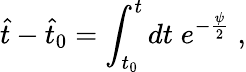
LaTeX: \hat{t}-\hat{t}_{0}=\int_{t_{0}}^{t}dt\; e^{-\frac{\psi}{2}}\; ,